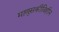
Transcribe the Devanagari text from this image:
माणुसकीविहीन